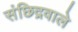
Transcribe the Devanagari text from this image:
संछिद्रवाले